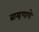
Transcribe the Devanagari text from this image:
ब्राम्हणाचे